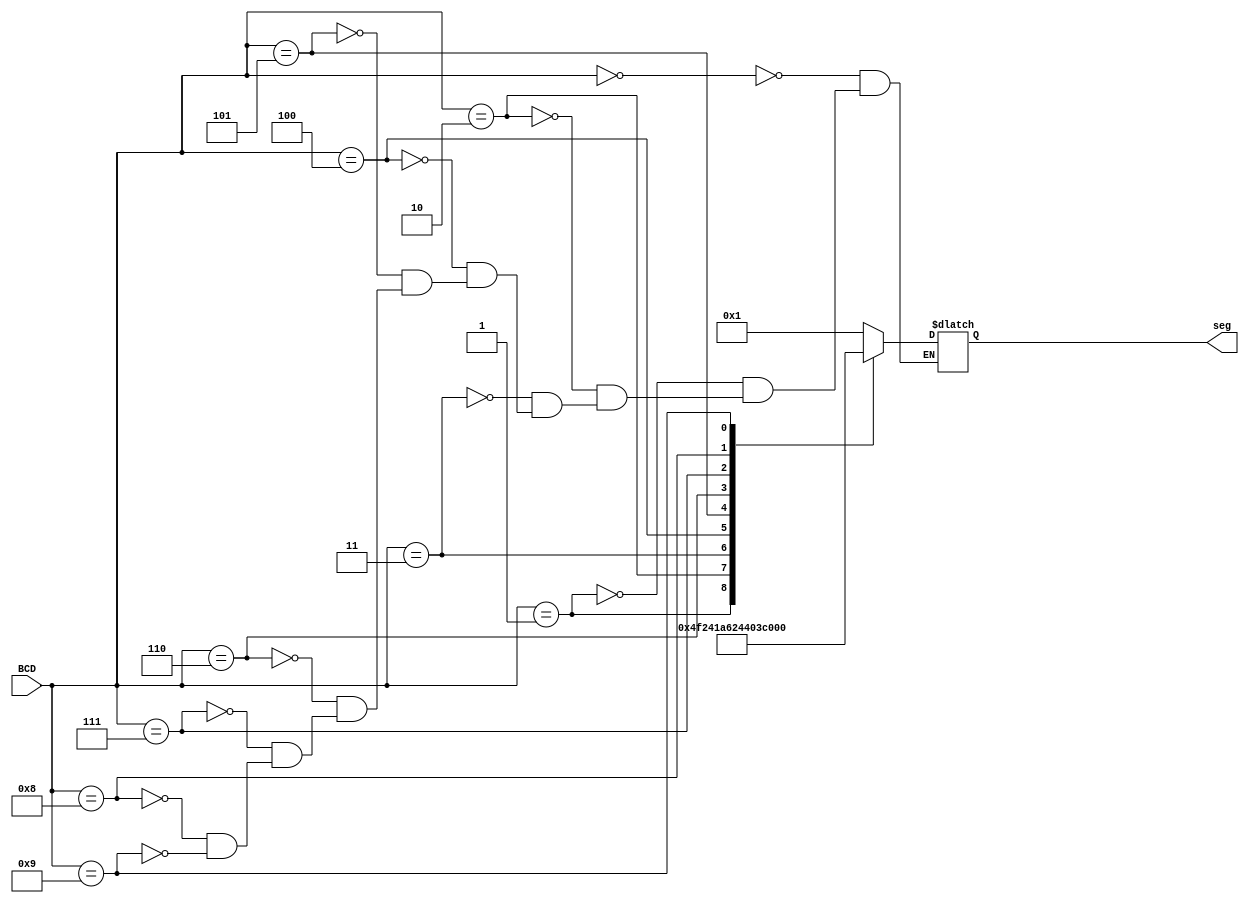
module top(BCD, seg);
	
input wire [3:0] BCD;
output reg [6:0]seg;

always@(BCD)
	case(BCD)
		4'b0000: seg = 7'b0000001;
		4'b0001: seg = 7'b1001111;
		4'b0010: seg = 7'b0010010;
		4'b0011: seg = 7'b0000110;
		4'b0100: seg = 7'b1001100;
		4'b0101: seg = 7'b0100100;
		4'b0110: seg = 7'b0100000;
		4'b0111: seg = 7'b0001111;
		4'b1000: seg = 7'b0000000;
		4'b1001: seg = 7'b0000100;
	endcase
endmodule